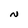
Character: N